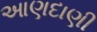
આણદાણી